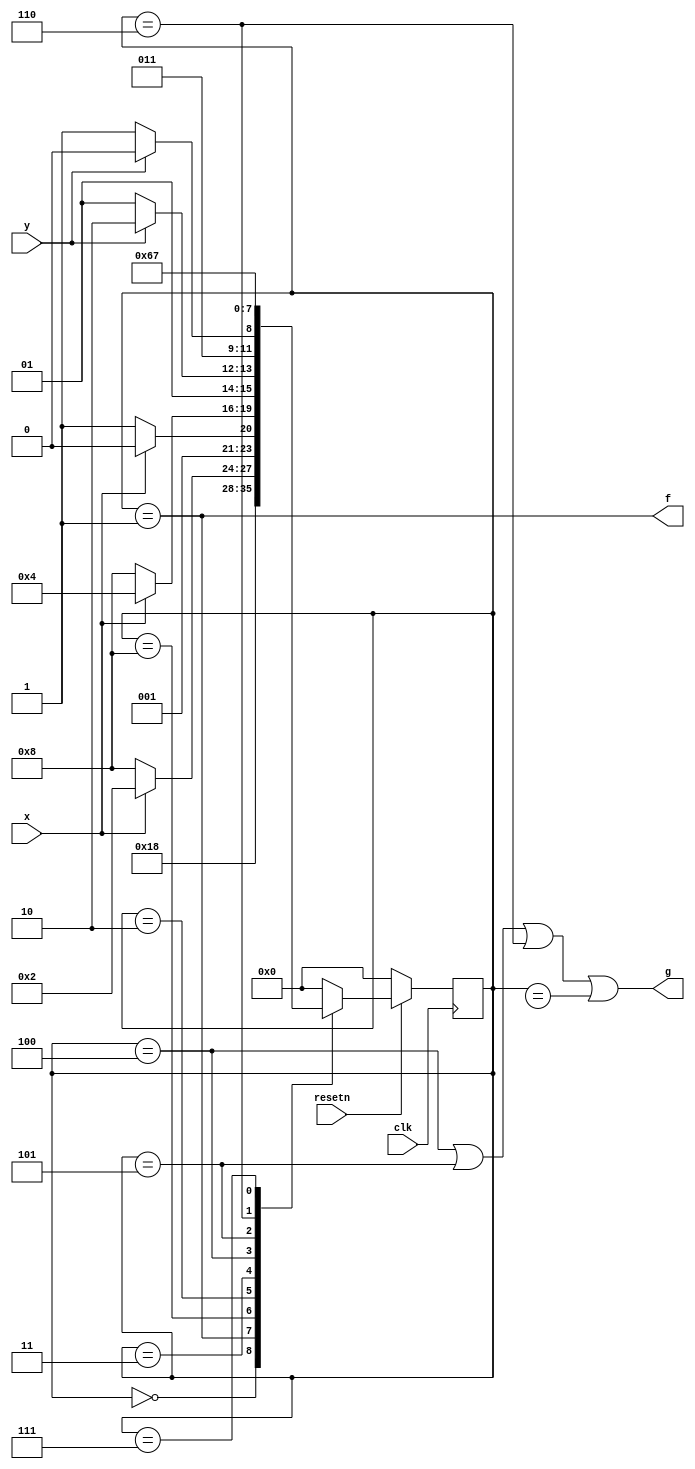
module top_module (
    input clk,
    input resetn,    // active-low synchronous reset
    input x,
    input y,
    output f,
    output g
); 
    reg [3:0] state,next,cnt;
    //直接使用状态机，取消计数
    parameter  A=0,A_d=1,A_dd=8,S1=2,S2=3,M1=4,M1_d1=5,M1_d2=6,M2=7;

    always @(posedge clk)begin
        if(~resetn) begin
            state<=A;
        end
        else begin
            state<=next;
        end
    end

    always @(*)begin
        case(state)
            A:next=A_d;
            A_d:next=A_dd;
            A_dd:next=x?S1:A_dd;
            S1:next=x?S1:S2;
            S2:next=x?M1:A_dd;
            M1:next=y?M1_d2:M1_d1;
            M1_d1:next=y?M1_d2:M2;
            M1_d2:next=M1_d2;
            M2:next=M2;
            default:next=A;
        endcase
    end


    always @(*) begin
        f =(state==A_d);
        g = (state == M1 || state == M1_d1 || state == M1_d2 || state == M1_d3);
    end
    
endmodule